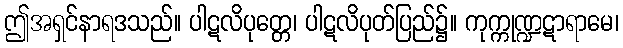
ဤအရှင်နာရဒသည်။ ပါဋလိပုတ္တေ၊ ပါဋလိပုတ်ပြည်၌။ ကုက္ကုဏ္ဍဋာရာမေ၊